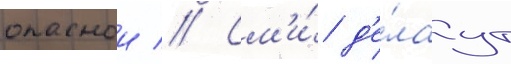
опаснои // См'и́ д'е́лаут